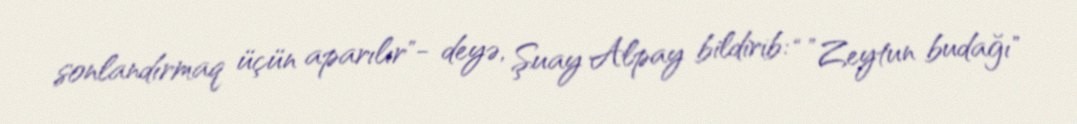
sonlandırmaq üçün aparılır"- deyə, Şuay Alpay bildirib: “”Zeytun budağı"